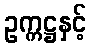
ဥက္ကဋ္ဌနှင့်